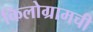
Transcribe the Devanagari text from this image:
किलोग्रामची